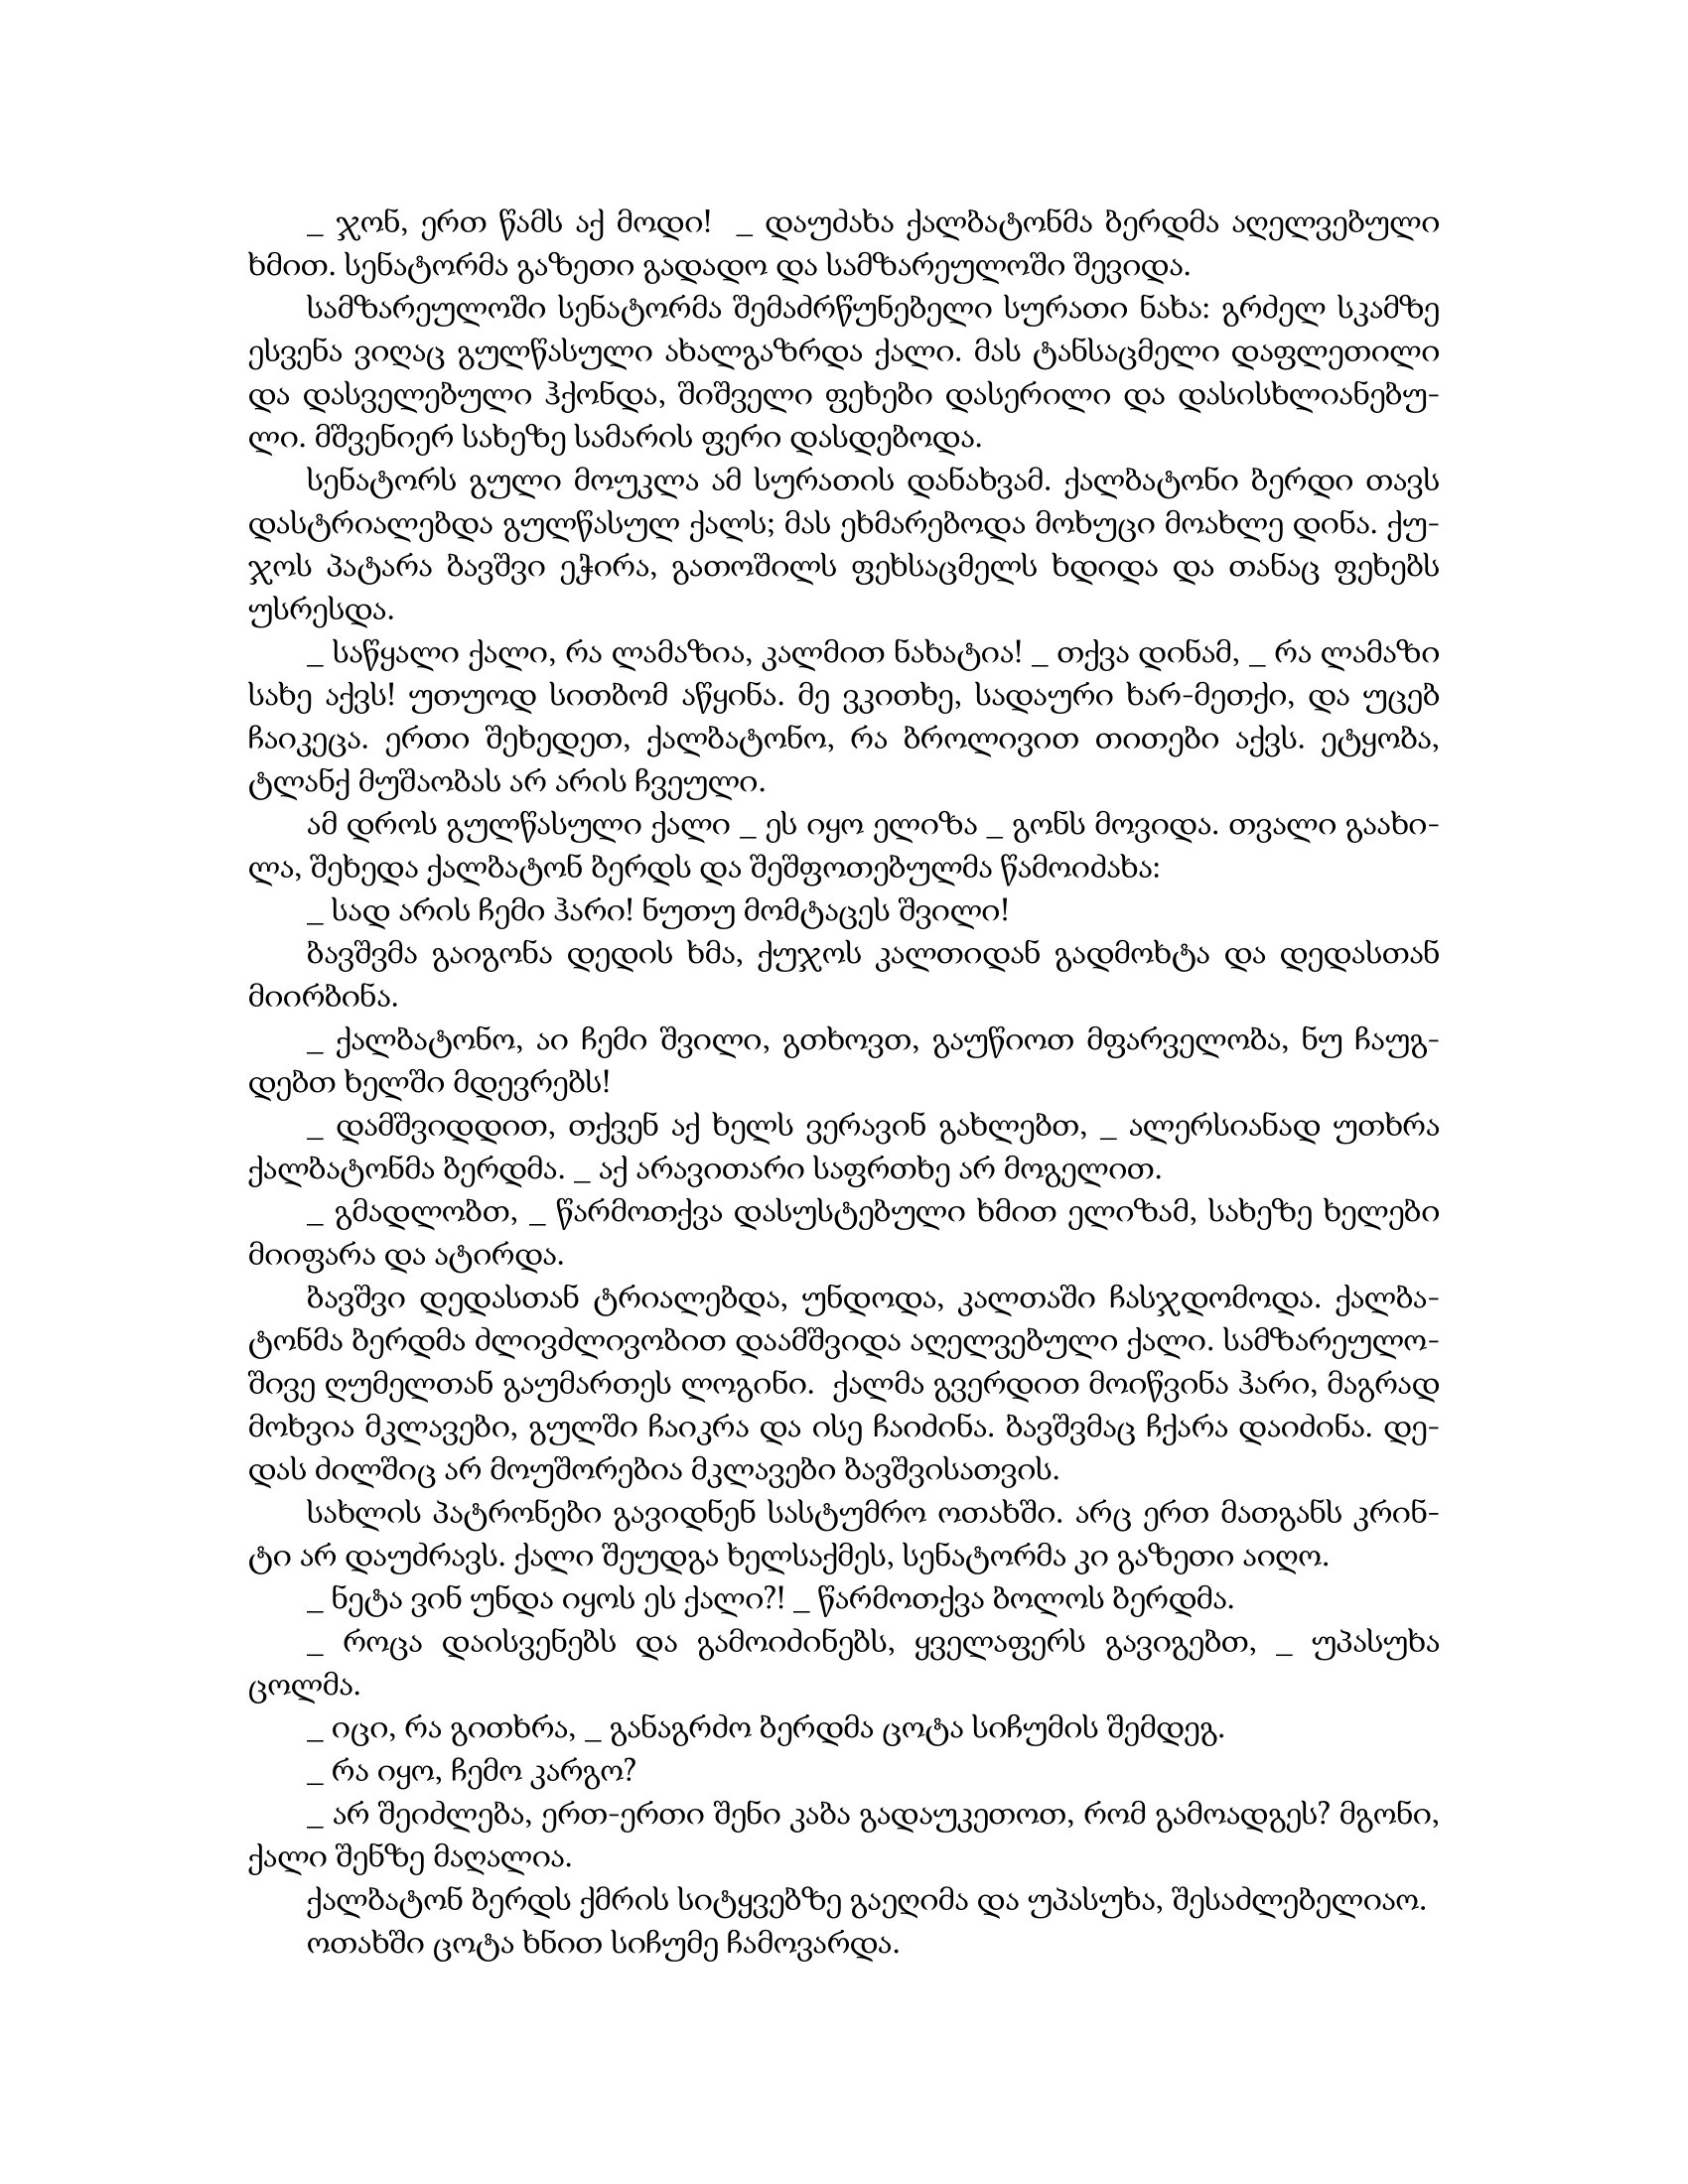
Language: gr